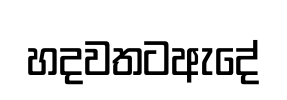
හදවතටඇදේ